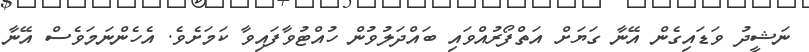
ނަޝީދު ވަޑައިގެން އޭނާ ގަޔަށް އަތްފޯރުއްވައި ބައްދަލުވުން ހުއްޓުވާފައިވާ ކަމަށެވެ. އެހެންނަމަވެސް އޭނާ